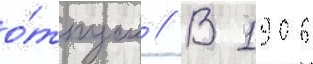
о́тпуск // В 1906